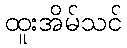
ထူးအိမ်သင်